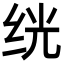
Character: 𬘢